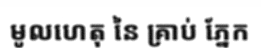
មូលហេតុ នៃ គ្រាប់ ភ្នែក